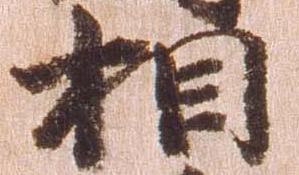
相